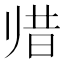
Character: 𱍳